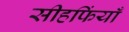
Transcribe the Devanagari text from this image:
सीहफिंयाँ